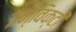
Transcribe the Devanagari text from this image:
इन्विक्टी